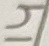
Text: 14